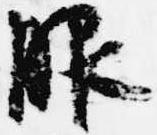
服